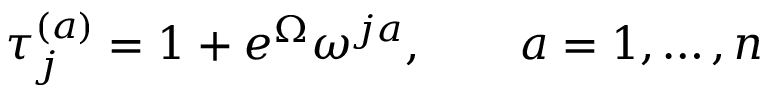
\tau _ { j } ^ { ( a ) } = 1 + e ^ { \Omega } \omega ^ { j a } , ~ ~ ~ ~ ~ ~ a = 1 , \dots , n